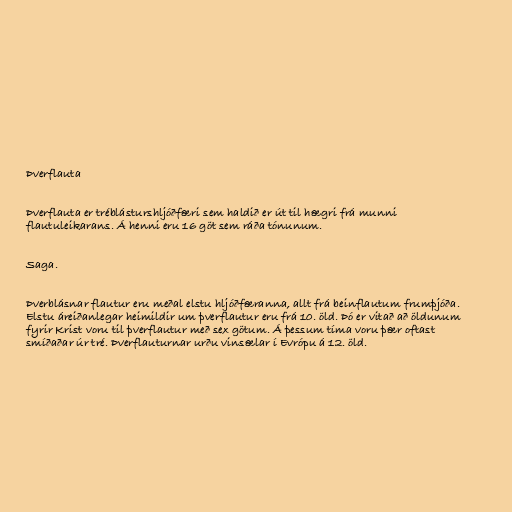
Þverflauta

Þverflauta er tréblásturshljóðfæri sem haldið er út til hægri frá munni
flautuleikarans. Á henni eru 16 göt sem ráða tónunum.

Saga.

Þverblásnar flautur eru meðal elstu hljóðfæranna, allt frá beinflautum frumþjóða.
Elstu áreiðanlegar heimildir um þverflautur eru frá 10. öld. Þó er vitað að öldunum
fyrir Krist voru til þverflautur með sex götum. Á þessum tíma voru þær oftast
smíðaðar úr tré. Þverflauturnar urðu vinsælar í Evrópu á 12. öld.